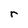
Character: r